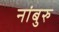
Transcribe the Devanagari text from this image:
नांबुरु